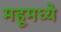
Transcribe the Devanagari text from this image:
महूमध्ये